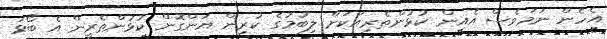
އެހެން ނަމަވެސް އެއިން ކުޅުންތެރިއަކަށް ލިބުމުގެ ކުރިން ޔަންގޮން ކުޅުންތެރީން އެ ބޯޅަ